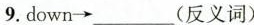
9.down\rightarrow ___(反义词)